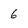
Character: 6